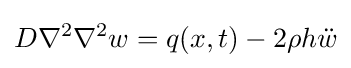
D\nabla ^{2}\nabla ^{2}w=q(x,t)-2\rho h{\ddot {w}}